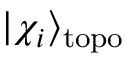
| \chi _ { i } \rangle _ { \mathrm { t o p o } }